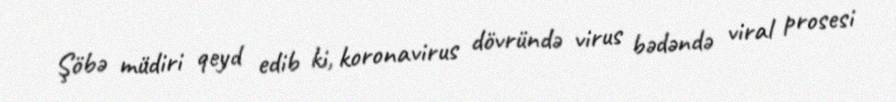
Şöbə müdiri qeyd edib ki, koronavirus dövründə virus bədəndə viral prosesi